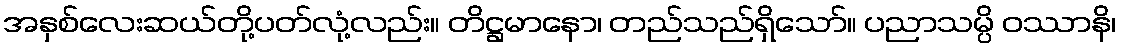
အနှစ်လေးဆယ်တို့ပတ်လုံ့လည်း။ တိဋ္ဌမာနော၊ တည်သည်ရှိသော်။ ပညာသမ္ပိ ဝဿာနိ၊